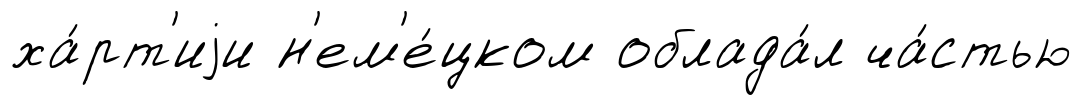
ха́рт'иjи н'ем'е́цком облада́л ча́стью